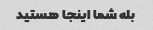
بله شما اینجا هستید